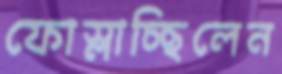
ফোস্‌লাচ্ছিলেন